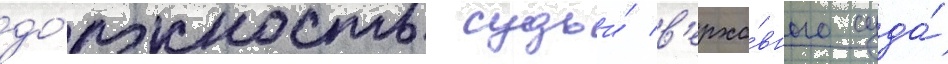
до́лжность судьи́ в'ерхо́вного суда́